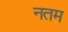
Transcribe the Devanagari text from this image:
नतम